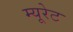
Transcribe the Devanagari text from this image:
म्यूरेट